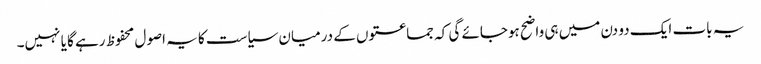
یہ بات ایک دو دن میں ہی واضح ہوجائے گی کہ جماعتوں کے درمیان سیاست کا یہ اصول محفوظ رہے گا یا نہیں۔